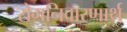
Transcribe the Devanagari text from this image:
रोगनिवारणार्थ